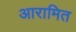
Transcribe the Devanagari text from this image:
आरामित